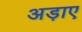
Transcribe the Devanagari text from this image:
अड़ाए